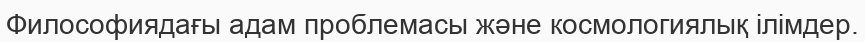
Философиядағы адам проблемасы және космологиялық ілімдер.